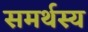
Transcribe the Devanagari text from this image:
समर्थस्य